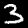
Label: 3